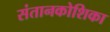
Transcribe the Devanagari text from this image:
संतानकोशिका